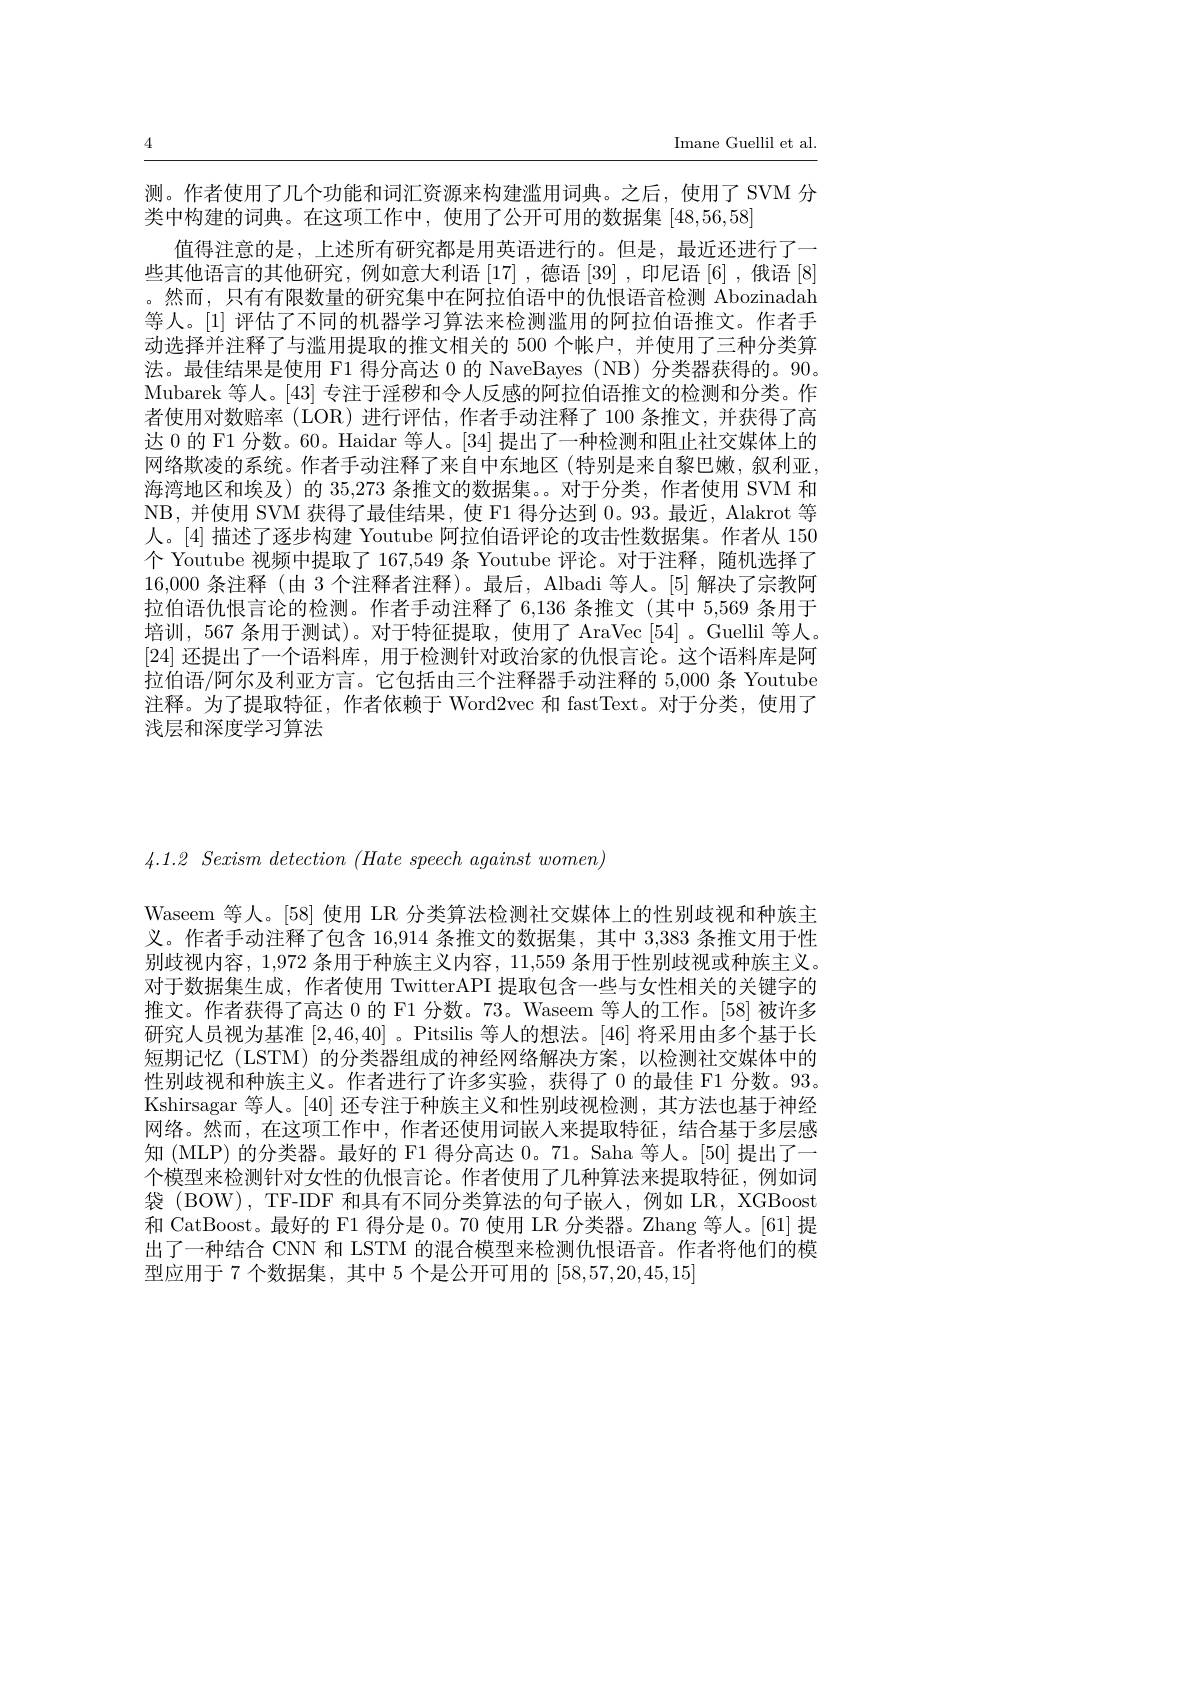
Imane Guellil et al.

4

测。作者使用了几个功能和词汇资源来构建滥用词典。之后，使用了 SVM 分
类中构建的词典。在这项工作中，使用了公开可用的数据集[48,56,58]
值得注意的是，上述所有研究都是用英语进行的。但是，最近还进行了一些其他语言的其他研究，例如意大利语[17],德语[39],印尼语[6],俄语[8] 。然而，只有有限数量的研究集中在阿拉伯语中的仇恨语音检测 Abozinadah 等人。[1] 评估了不同的机器学习算法来检测滥用的阿拉伯语推文。作者手动选择并注释了与滥用提取的推文相关的 500 个帐户，并使用了三种分类算法。最佳结果是使用 F1 得分高达 0 的 NaveBayes ( NB) 分类器获得的。90。Mubarek 等人。[43]专注于淫秽和令人反感的阿拉伯语推文的检测和分类。作者使用对数赔率 (LOR) 进行评估，作者手动注释了100 条推文，并获得了高达 0 的 F1 分数。60。Haidar 等人。[34] 提出了一种检测和阻止社交媒体上的网络欺凌的系统。作者手动注释了来自中东地区 (特别是来自黎巴嫩，叙利亚， 海湾地区和埃及)的 35,273 条推文的数据集。。对于分类，作者使用 SVM 和NB,并使用 SVM 获得了最佳结果，使 F1 得分达到0。93。最近，Alakrot 等人。[4] 描述了逐步构建 Youtube 阿拉伯语评论的攻击性数据集。作者从 150个 Youtube 视频中提取了 167,549 条 Youtube 评论。对于注释，随机选择了16,000条注释 (由 3 个注释者注释)。最后，Albadi 等人。[5] 解决了宗教阿拉伯语仇恨言论的检测。作者手动注释了 6,136 条推文 (其中 5,569 条用于培训，567 条用于测试)。对于特征提取，使用了 AraVec[54]。Guellil 等人。[24]还提出了一个语料库，用于检测针对政治家的仇恨言论。这个语料库是阿拉伯语/阿尔及利亚方言。它包括由三个注释器手动注释的 5,000 条 Youtube 注释。为了提取特征，作者依赖于 Word2vec 和 fastText。对于分类，使用了浅层和深度学习算法

$4.1.2~Sexism~detection~(Hate~speech~against~women$,

Waseem 等人。[58] 使用 LR 分类算法检测社交媒体上的性别歧视和种族主义。作者手动注释了包含 16,914 条推文的数据集，其中 3,383 条推文用于性别歧视内容，1,972 条用于种族主义内容，11,559 条用于性别歧视或种族主义。对于数据集生成，作者使用 TwitterAPI 提取包含一些与女性相关的关键字的推文。作者获得了高达 0 的 F1 分数。73。Waseem 等人的工作。[58]被许多研究人员视为基准[2,46,40] 。Pitsilis 等人的想法。[46] 将采用由多个基于长短期记忆 (LSTM) 的分类器组成的神经网络解决方案，以检测社交媒体中的性别歧视和种族主义。作者进行了许多实验，获得了 0 的最佳 F1 分数。93。Kshirsagar 等人。[40] 还专注于种族主义和性别歧视检测，其方法也基于神经网络。然而，在这项工作中，作者还使用词嵌入来提取特征，结合基于多层感知 (MLP) 的分类器。最好的 F1 得分高达 0。71。Saha 等人。[50] 提出了一个模型来检测针对女性的仇恨言论。作者使用了几种算法来提取特征，例如词袋 (BOW), TF-IDF 和具有不同分类算法的句子嵌人，例如 LR, XGBoost 和 CatBoost。最好的 F1 得分是 0。70 使用 LR 分类器。Zhang 等人。[61] 提出了一种结合 CNN 和 LSTM 的混合模型来检测仇恨语音。作者将他们的模型应用于 7 个数据集，其中 5 个是公开可用的[58,57,20,45,15]